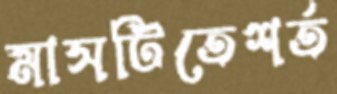
মাসটিতেশর্ত